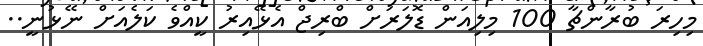
މިހިރަ ބުރާންޗާ 100 މިލިއަން ޑޮލަރަށް ބްރިޖް އެޅޭއިރު ކީއްވެ ކަލެއަށް ނޭޅުނީ..